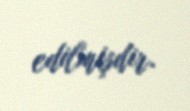
edilmişdir.